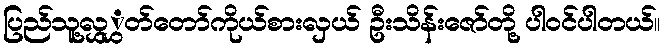
ပြည်သူ့လွှွှတ်တော်ကိုယ်စားလှယ် ဦးသိန်းဇော်တို့ ပါဝင်ပါတယ်။